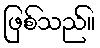
ဖြစ်သည်။